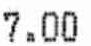
7.00